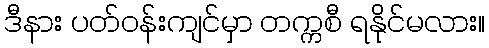
ဒီနား ပတ်ဝန်းကျင်မှာ တက္ကစီ ရနိုင်မလား။